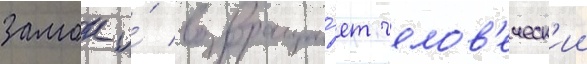
замок и́ возвраща́ет челов'еческ'ии